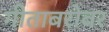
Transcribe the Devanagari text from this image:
गीताबरोबर